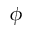
\phi